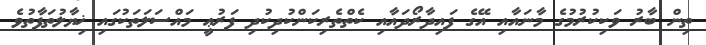
ތިން ބާރު ވަކިކުރުމުގެ މާނައާއި އޭގެ ފައިދާރޯދައާއި ކެތްތެރިކަންކުދިކުދި ފަރުޢީ މައްސަލަތަކުގައި ޚިޔާލުތަފާތުވެ